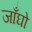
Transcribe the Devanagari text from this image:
जाँघो